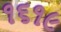
૧૬૧૯